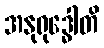
အနုရုဒ္ဓေါတိ